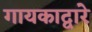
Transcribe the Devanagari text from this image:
गायकाद्वारे